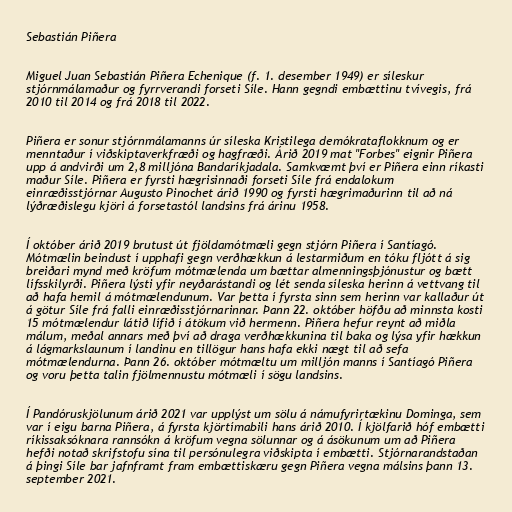
Sebastián Piñera

Miguel Juan Sebastián Piñera Echenique (f. 1. desember 1949) er síleskur
stjórnmálamaður og fyrrverandi forseti Síle. Hann gegndi embættinu tvívegis, frá
2010 til 2014 og frá 2018 til 2022.

Piñera er sonur stjórnmálamanns úr síleska Kristilega demókrataflokknum og er
menntaður í viðskiptaverkfræði og hagfræði. Árið 2019 mat "Forbes" eignir Piñera
upp á andvirði um 2,8 milljóna Bandaríkjadala. Samkvæmt því er Piñera einn ríkasti
maður Síle. Piñera er fyrsti hægrisinnaði forseti Síle frá endalokum
einræðisstjórnar Augusto Pinochet árið 1990 og fyrsti hægrimaðurinn til að ná
lýðræðislegu kjöri á forsetastól landsins frá árinu 1958.

Í október árið 2019 brutust út fjöldamótmæli gegn stjórn Piñera í Santíagó.
Mótmælin beindust í upphafi gegn verðhækkun á lestarmiðum en tóku fljótt á sig
breiðari mynd með kröfum mótmælenda um bættar almenningsþjónustur og bætt
lífsskilyrði. Piñera lýsti yfir neyðarástandi og lét senda síleska herinn á vettvang til
að hafa hemil á mótmælendunum. Var þetta í fyrsta sinn sem herinn var kallaður út
á götur Síle frá falli einræðisstjórnarinnar. Þann 22. október höfðu að minnsta kosti
15 mótmælendur látið lífið í átökum við hermenn. Piñera hefur reynt að miðla
málum, meðal annars með því að draga verðhækkunina til baka og lýsa yfir hækkun
á lágmarkslaunum í landinu en tillögur hans hafa ekki nægt til að sefa
mótmælendurna. Þann 26. október mótmæltu um milljón manns í Santíagó Piñera
og voru þetta talin fjölmennustu mótmæli í sögu landsins.

Í Pandóruskjölunum árið 2021 var upplýst um sölu á námufyrirtækinu Dominga, sem
var í eigu barna Piñera, á fyrsta kjörtímabili hans árið 2010. Í kjölfarið hóf embætti
ríkissaksóknara rannsókn á kröfum vegna sölunnar og á ásökunum um að Piñera
hefði notað skrifstofu sína til persónulegra viðskipta í embætti. Stjórnarandstaðan
á þingi Síle bar jafnframt fram embættiskæru gegn Piñera vegna málsins þann 13.
september 2021.